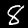
Digit: 8